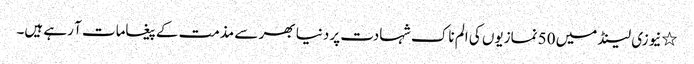
٭نیوزی لینڈ میں 50 نمازیوں کی الم ناک شہادت پر دنیا بھر سے مذمت کے پیغامات آ رہے ہیں۔